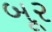
બૂર